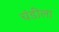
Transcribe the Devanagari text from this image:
चंडीला